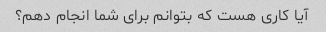
آیا کاری هست که بتوانم برای شما انجام دهم؟